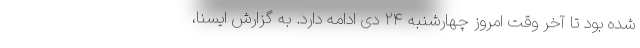
شده بود تا آخر وقت امروز چهارشنبه ۲۴ دی ادامه دارد. به گزارش ایسنا،